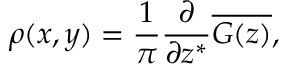
\rho ( x , y ) = \frac { 1 } { \pi } \frac { \partial } { \partial z ^ { \ast } } \overline { { G ( z ) } } ,